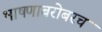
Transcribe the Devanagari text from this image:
भाषणाबरोबरच